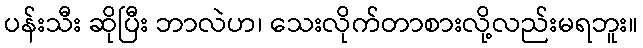
ပန်းသီး ဆိုပြီး ဘာလဲဟ၊ သေးလိုက်တာစားလို့လည်းမရဘူး။